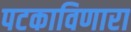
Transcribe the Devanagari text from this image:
पटकाविणारा